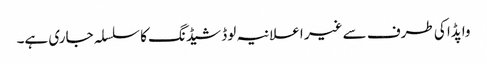
واپڈا کی طرف سے غیر اعلانیہ لوڈ شیڈنگ کا سلسلہ جاری ہے۔